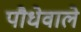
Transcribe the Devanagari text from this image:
पौधेवाले